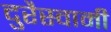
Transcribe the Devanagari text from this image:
दुरैस्वामी